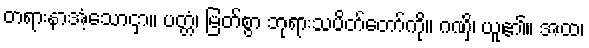
တရားနာအံ့သောငှာ။ ပတ္တံ၊ မြတ်စွာ ဘုရားသပိတ်တော်ကို။ ဂဏှိ၊ ယူ၏။ အထ၊